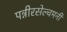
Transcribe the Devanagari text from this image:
पन्नीरसेल्वमनी